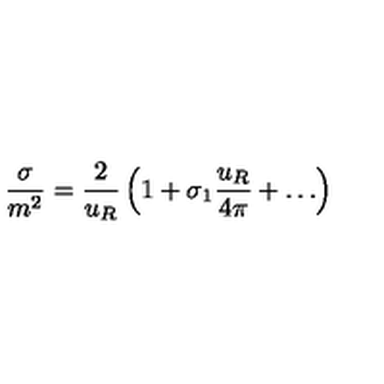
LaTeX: \frac { \sigma } { m ^ { 2 } } = \frac { 2 } { u _ { R } } \left( 1 + \sigma _ { 1 } \frac { u _ { R } } { 4 \pi } + \ldots \right)